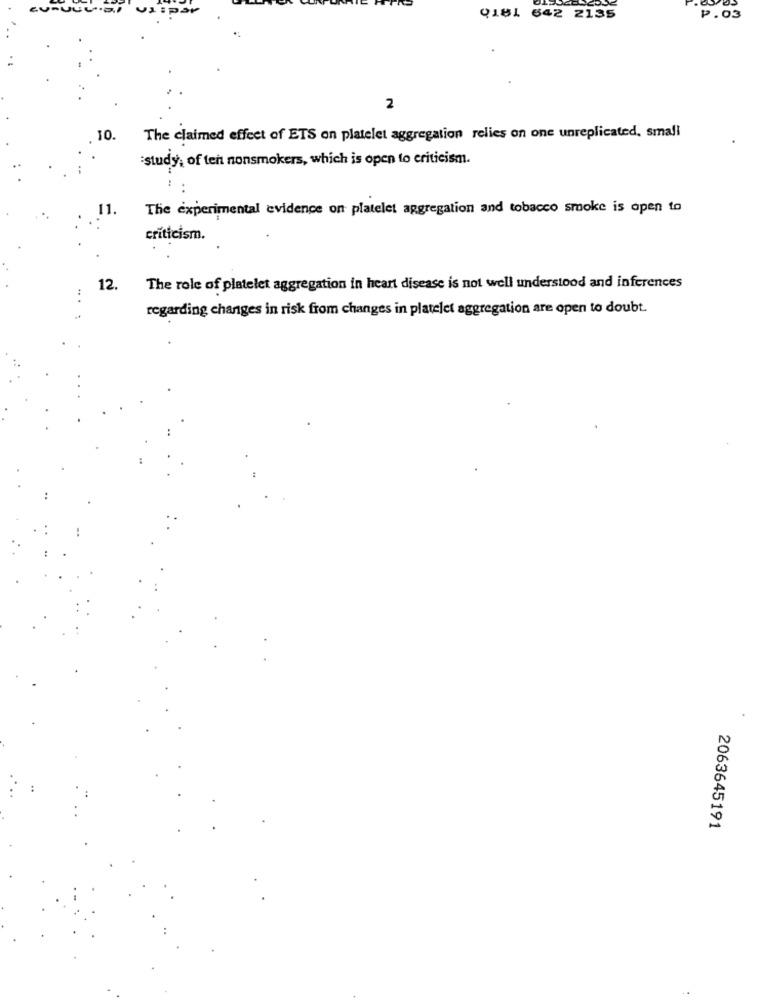
P.03
9181 642 2135
2
10.
The claimed effect of ETS on platelet aggregation relies on one unreplicated, small
:study, of ten nonsmokers, which is open to criticism.
The experimental evidence on platelet aggregation and tobacco smoke is open to
criticism.
12.
The role of platelet aggregation in heart disease is not well understood and inferences
regarding changes in risk from changes in platelet aggregation are open to doubt.
2063645191